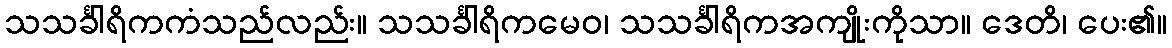
သသင်္ခါရိကကံသည်လည်း။ သသင်္ခါရိကမေဝ၊ သသင်္ခါရိကအကျိုးကိုသာ။ ဒေတိ၊ ပေး၏။